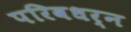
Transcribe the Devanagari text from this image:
परिवधर्न